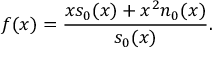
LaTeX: f ( x ) = { \frac { x s _ { 0 } ( x ) + x ^ { 2 } n _ { 0 } ( x ) } { s _ { 0 } ( x ) } } .